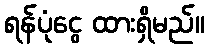
ရန်ပုံငွေ ထားရှိမည်။